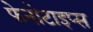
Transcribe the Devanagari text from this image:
फेनोटाइप्स